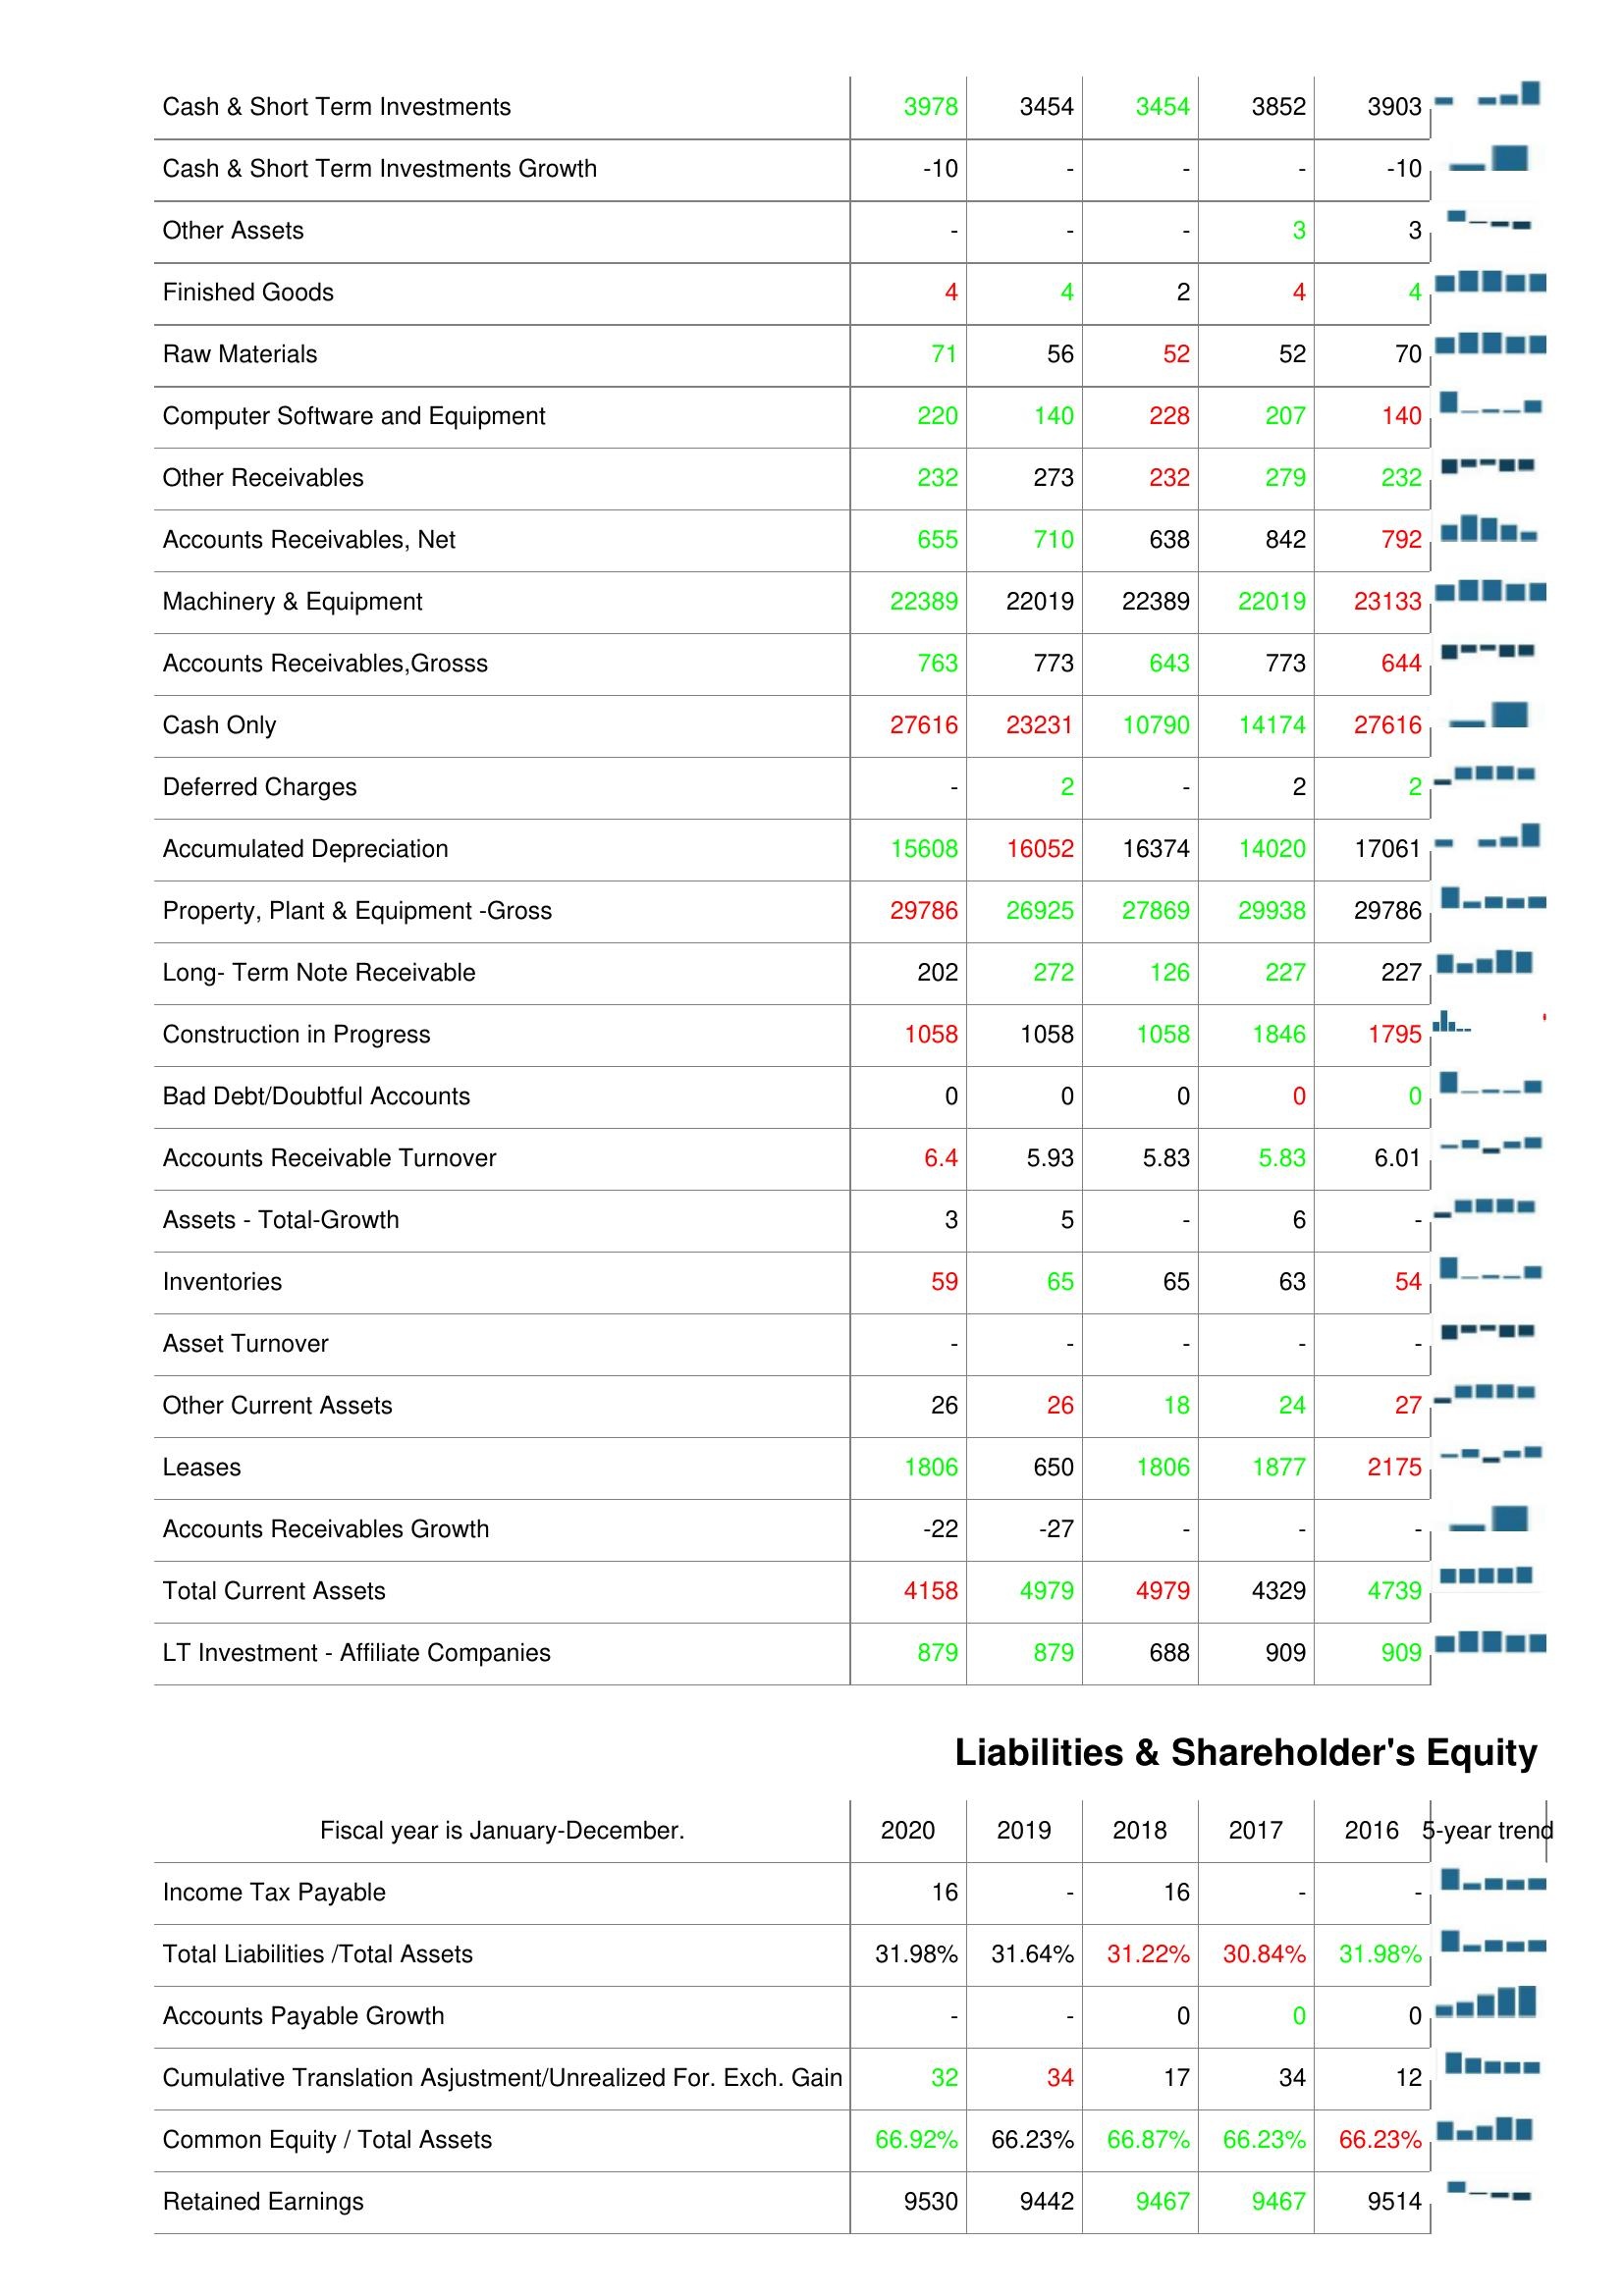
2020: Assets: Cash & Short Term Investments: 3978
Cash & Short Term Investments Growth: -10
Other Assets: -
Finished Goods: 4
Raw Materials: 71
Computer Software and Equipment: 220
Other Receivables: 232
Accounts Receivables, Net: 655
Machinery & Equipment: 22389
Accounts Receivables,Grosss: 763
Cash Only: 27616
Deferred Charges: -
Accumulated Depreciation: 15608
Property, Plant & Equipment -Gross: 29786
Long- Term Note Receivable: 202
Construction in Progress: 1058
Bad Debt/Doubtful Accounts: 0
Accounts Receivable Turnover: 6.4
Assets - Total-Growth: 3
Inventories: 59
Asset Turnover: -
Other Current Assets: 26
Leases: 1806
Accounts Receivables Growth: -22
Total Current Assets: 4158
LT Investment - Affiliate Companies: 879
Liabilities & Shareholder's Equity: Income Tax Payable: 16
Total Liabilities /Total Assets: 31.98%
Accounts Payable Growth: -
Cumulative Translation Asjustment/Unrealized For. Exch. Gain: 32
Common Equity / Total Assets: 66.92%
Retained Earnings: 9530
2019: Assets: Cash & Short Term Investments: 3454
Cash & Short Term Investments Growth: -
Other Assets: -
Finished Goods: 4
Raw Materials: 56
Computer Software and Equipment: 140
Other Receivables: 273
Accounts Receivables, Net: 710
Machinery & Equipment: 22019
Accounts Receivables,Grosss: 773
Cash Only: 23231
Deferred Charges: 2
Accumulated Depreciation: 16052
Property, Plant & Equipment -Gross: 26925
Long- Term Note Receivable: 272
Construction in Progress: 1058
Bad Debt/Doubtful Accounts: 0
Accounts Receivable Turnover: 5.93
Assets - Total-Growth: 5
Inventories: 65
Asset Turnover: -
Other Current Assets: 26
Leases: 650
Accounts Receivables Growth: -27
Total Current Assets: 4979
LT Investment - Affiliate Companies: 879
Liabilities & Shareholder's Equity: Income Tax Payable: -
Total Liabilities /Total Assets: 31.64%
Accounts Payable Growth: -
Cumulative Translation Asjustment/Unrealized For. Exch. Gain: 34
Common Equity / Total Assets: 66.23%
Retained Earnings: 9442
2018: Assets: Cash & Short Term Investments: 3454
Cash & Short Term Investments Growth: -
Other Assets: -
Finished Goods: 2
Raw Materials: 52
Computer Software and Equipment: 228
Other Receivables: 232
Accounts Receivables, Net: 638
Machinery & Equipment: 22389
Accounts Receivables,Grosss: 643
Cash Only: 10790
Deferred Charges: -
Accumulated Depreciation: 16374
Property, Plant & Equipment -Gross: 27869
Long- Term Note Receivable: 126
Construction in Progress: 1058
Bad Debt/Doubtful Accounts: 0
Accounts Receivable Turnover: 5.83
Assets - Total-Growth: -
Inventories: 65
Asset Turnover: -
Other Current Assets: 18
Leases: 1806
Accounts Receivables Growth: -
Total Current Assets: 4979
LT Investment - Affiliate Companies: 688
Liabilities & Shareholder's Equity: Income Tax Payable: 16
Total Liabilities /Total Assets: 31.22%
Accounts Payable Growth: 0
Cumulative Translation Asjustment/Unrealized For. Exch. Gain: 17
Common Equity / Total Assets: 66.87%
Retained Earnings: 9467
2017: Assets: Cash & Short Term Investments: 3852
Cash & Short Term Investments Growth: -
Other Assets: 3
Finished Goods: 4
Raw Materials: 52
Computer Software and Equipment: 207
Other Receivables: 279
Accounts Receivables, Net: 842
Machinery & Equipment: 22019
Accounts Receivables,Grosss: 773
Cash Only: 14174
Deferred Charges: 2
Accumulated Depreciation: 14020
Property, Plant & Equipment -Gross: 29938
Long- Term Note Receivable: 227
Construction in Progress: 1846
Bad Debt/Doubtful Accounts: 0
Accounts Receivable Turnover: 5.83
Assets - Total-Growth: 6
Inventories: 63
Asset Turnover: -
Other Current Assets: 24
Leases: 1877
Accounts Receivables Growth: -
Total Current Assets: 4329
LT Investment - Affiliate Companies: 909
Liabilities & Shareholder's Equity: Income Tax Payable: -
Total Liabilities /Total Assets: 30.84%
Accounts Payable Growth: 0
Cumulative Translation Asjustment/Unrealized For. Exch. Gain: 34
Common Equity / Total Assets: 66.23%
Retained Earnings: 9467
2016: Assets: Cash & Short Term Investments: 3903
Cash & Short Term Investments Growth: -10
Other Assets: 3
Finished Goods: 4
Raw Materials: 70
Computer Software and Equipment: 140
Other Receivables: 232
Accounts Receivables, Net: 792
Machinery & Equipment: 23133
Accounts Receivables,Grosss: 644
Cash Only: 27616
Deferred Charges: 2
Accumulated Depreciation: 17061
Property, Plant & Equipment -Gross: 29786
Long- Term Note Receivable: 227
Construction in Progress: 1795
Bad Debt/Doubtful Accounts: 0
Accounts Receivable Turnover: 6.01
Assets - Total-Growth: -
Inventories: 54
Asset Turnover: -
Other Current Assets: 27
Leases: 2175
Accounts Receivables Growth: -
Total Current Assets: 4739
LT Investment - Affiliate Companies: 909
Liabilities & Shareholder's Equity: Income Tax Payable: -
Total Liabilities /Total Assets: 31.98%
Accounts Payable Growth: 0
Cumulative Translation Asjustment/Unrealized For. Exch. Gain: 12
Common Equity / Total Assets: 66.23%
Retained Earnings: 9514